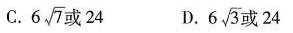
C. $$6 \sqrt{7}$$ 或24 D. $$6 \sqrt{3}$$ 或24